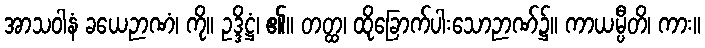
အာသဝါနံ ခယေဉာဏံ၊ ကို။ ဥဒ္ဒိဋ္ဌံ၊ ၏။ တတ္ထ၊ ထိုခြောက်ပါးသောဉာဏ်၌။ ကာယမ္ပီတိ၊ ကား။